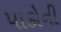
પાકોની